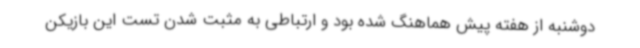
دوشنبه از هفته پیش هماهنگ شده بود و ارتباطی به مثبت شدن تست این بازیکن